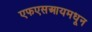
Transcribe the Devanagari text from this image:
एफएसआयमधून